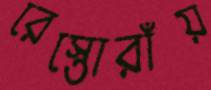
রেস্তোরাঁয়